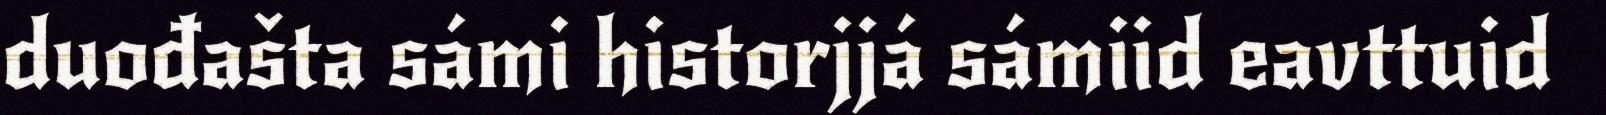
duođašta sámi historjjá sámiid eavttuid